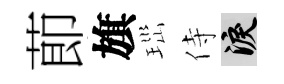
莭旗𤤼侍泪